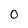
Character: O